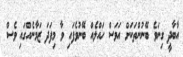
އާބާދީ ގިނަވެ ބޭނުންތަކަށް އަވަސް ހައްލެއް ބޭނުވެފައި ވާ މިފަދަ ޒަމާނެއްގައި ވެސް